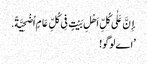
إِنَّ عَلٰی کُلِّ اَهْلِ بَیْتٍ فِی کُلِّ عَامٍ اُضْحِیَّةً.
’اے لوگو!